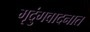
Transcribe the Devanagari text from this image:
मृदुंगवादनात